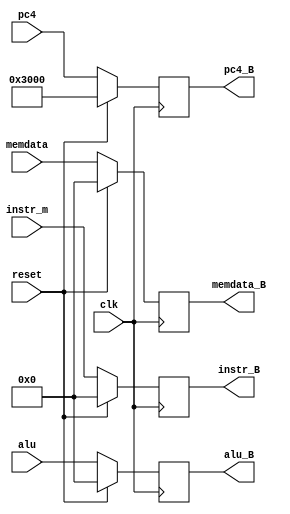
`timescale 1ns / 1ps
//////////////////////////////////////////////////////////////////////////////////
// Company: 
// Engineer: 
// 
// Design Name: 
// Module Name:    register_M_WB 
// Project Name: 
// Target Devices: 
// Tool versions: 
// Description: 
//
// Dependencies: 
//
// Revision: 
// Revision 0.01 - File Created
// Additional Comments: 
//
//////////////////////////////////////////////////////////////////////////////////
module register_M_WB(
	 input  clk,
	 input  reset,
    input [31:0] instr_m,
	 input [31:0] pc4,
	 input [31:0] alu,
	 input [31:0] memdata,
	 output [31:0] instr_B,
	 output [31:0] pc4_B,
	 output [31:0] alu_B,
	 output [31:0] memdata_B
    );
reg [31:0] _instr_B;
reg [31:0] _pc4_B;
reg [31:0] _alu_B;
reg [31:0] _memdata_B;
initial begin
_instr_B=0;
	_pc4_B=32'h3000;
	_alu_B=0;
	_memdata_B=0;
end
always @(posedge clk)begin
if(reset)begin
	_instr_B=0;
	_pc4_B=32'h3000;
	_alu_B=0;
	_memdata_B=0;
end
else begin		
	_instr_B=instr_m;
	_pc4_B=pc4;
	_alu_B=alu;
	_memdata_B=memdata;
end
end
assign instr_B = _instr_B;
assign pc4_B = _pc4_B;
assign alu_B = _alu_B;
assign memdata_B = _memdata_B;

endmodule